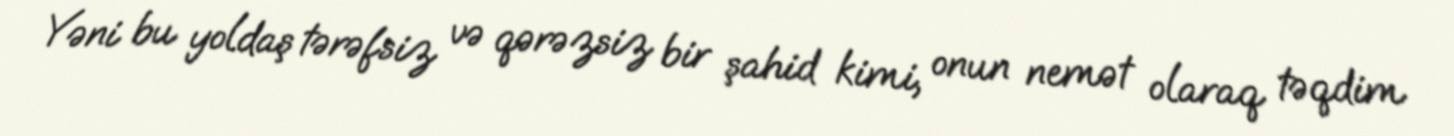
Yəni bu yoldaş tərəfsiz və qərəzsiz bir şahid kimi, onun nemət olaraq təqdim